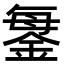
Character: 𨧊